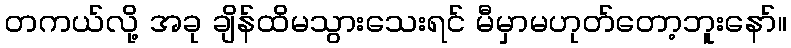
တကယ်လို့ အခု ချိန်ထိမသွားသေးရင် မီမှာမဟုတ်တော့ဘူးနော်။